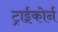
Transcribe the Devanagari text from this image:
ट्राईकोर्न